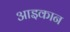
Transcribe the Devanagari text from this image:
आइकान